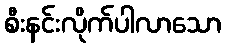
စီးနင်းလိုက်ပါလာသော